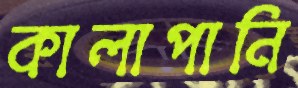
কালাপানি